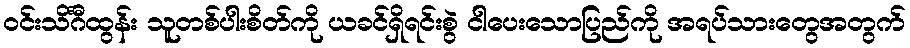
ဝင်းသိင်္ဂီထွန်း သူတစ်ပါးစိတ်ကို ယခင်ရှိရင်းစွဲ ငါပေးသောပြည်ကို အရပ်သားတွေအတွက်